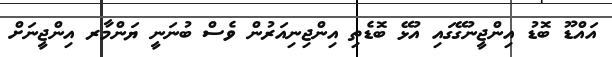
އައްޑޫ ބޮޑު އިންޖީނުގޭގައި އުޅޭ ބޮޑެތި އިންޖިނިއަރުން ވެސް ބުނަނީ ޔަންމާރ އިންޖީނަށް